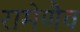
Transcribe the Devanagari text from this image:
रामेणैव